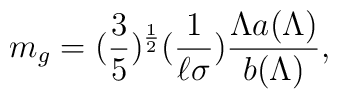
m_{g} =(\frac{3}{5})^{\frac{1}{2}}(\frac{1}{\ell\sigma})\frac{\Lambda a(\Lambda)}{b(\Lambda)},